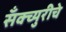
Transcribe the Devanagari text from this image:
सॅंक्च्युरीचे